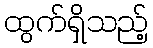
ထွက်ရှိသည့်